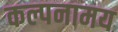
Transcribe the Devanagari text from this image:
कल्पनामय